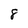
Character: 8